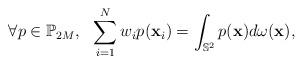
LaTeX: \begin{align*}\forall p\in\mathbb{P}_{2M},\ \ \sum_{i=1}^N w_ip(\mathbf{x}_i)=\int_{\mathbb{S}^2}p(\mathbf{x})d\omega(\mathbf{x}),\end{align*}